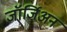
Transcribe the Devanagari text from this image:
जॉर्जिअन